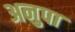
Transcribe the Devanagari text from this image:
अनुपा